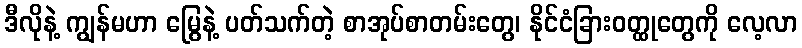
ဒီလိုနဲ့ ကျွန်မဟာ မြွေနဲ့ ပတ်သက်တဲ့ စာအုပ်စာတမ်းတွေ၊ နိုင်ငံခြားဝတ္ထုတွေကို လေ့လာ